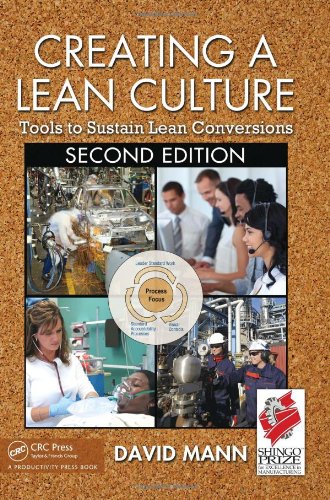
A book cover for Creating a Lean Culture: Tools to Sustain Lean Conversions, Second Edition; David Mann; Business & Money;